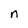
Character: n